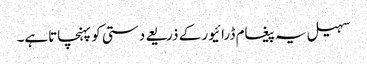
سہیل یہ پیغام ڈرائیور کے ذریعے دستی کو پہنچاتاہے۔